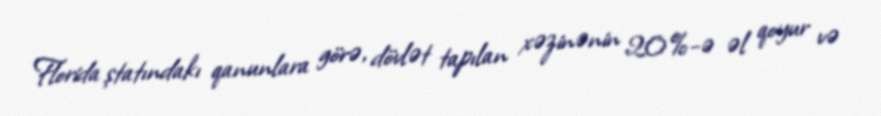
Florida ştatındakı qanunlara görə, dövlət tapılan xəzinənin 20%-ə əl qoyur və